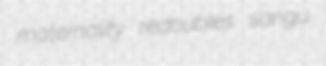
maternality redoubles sangu